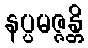
နပ္ပမဇ္ဇန္တိ